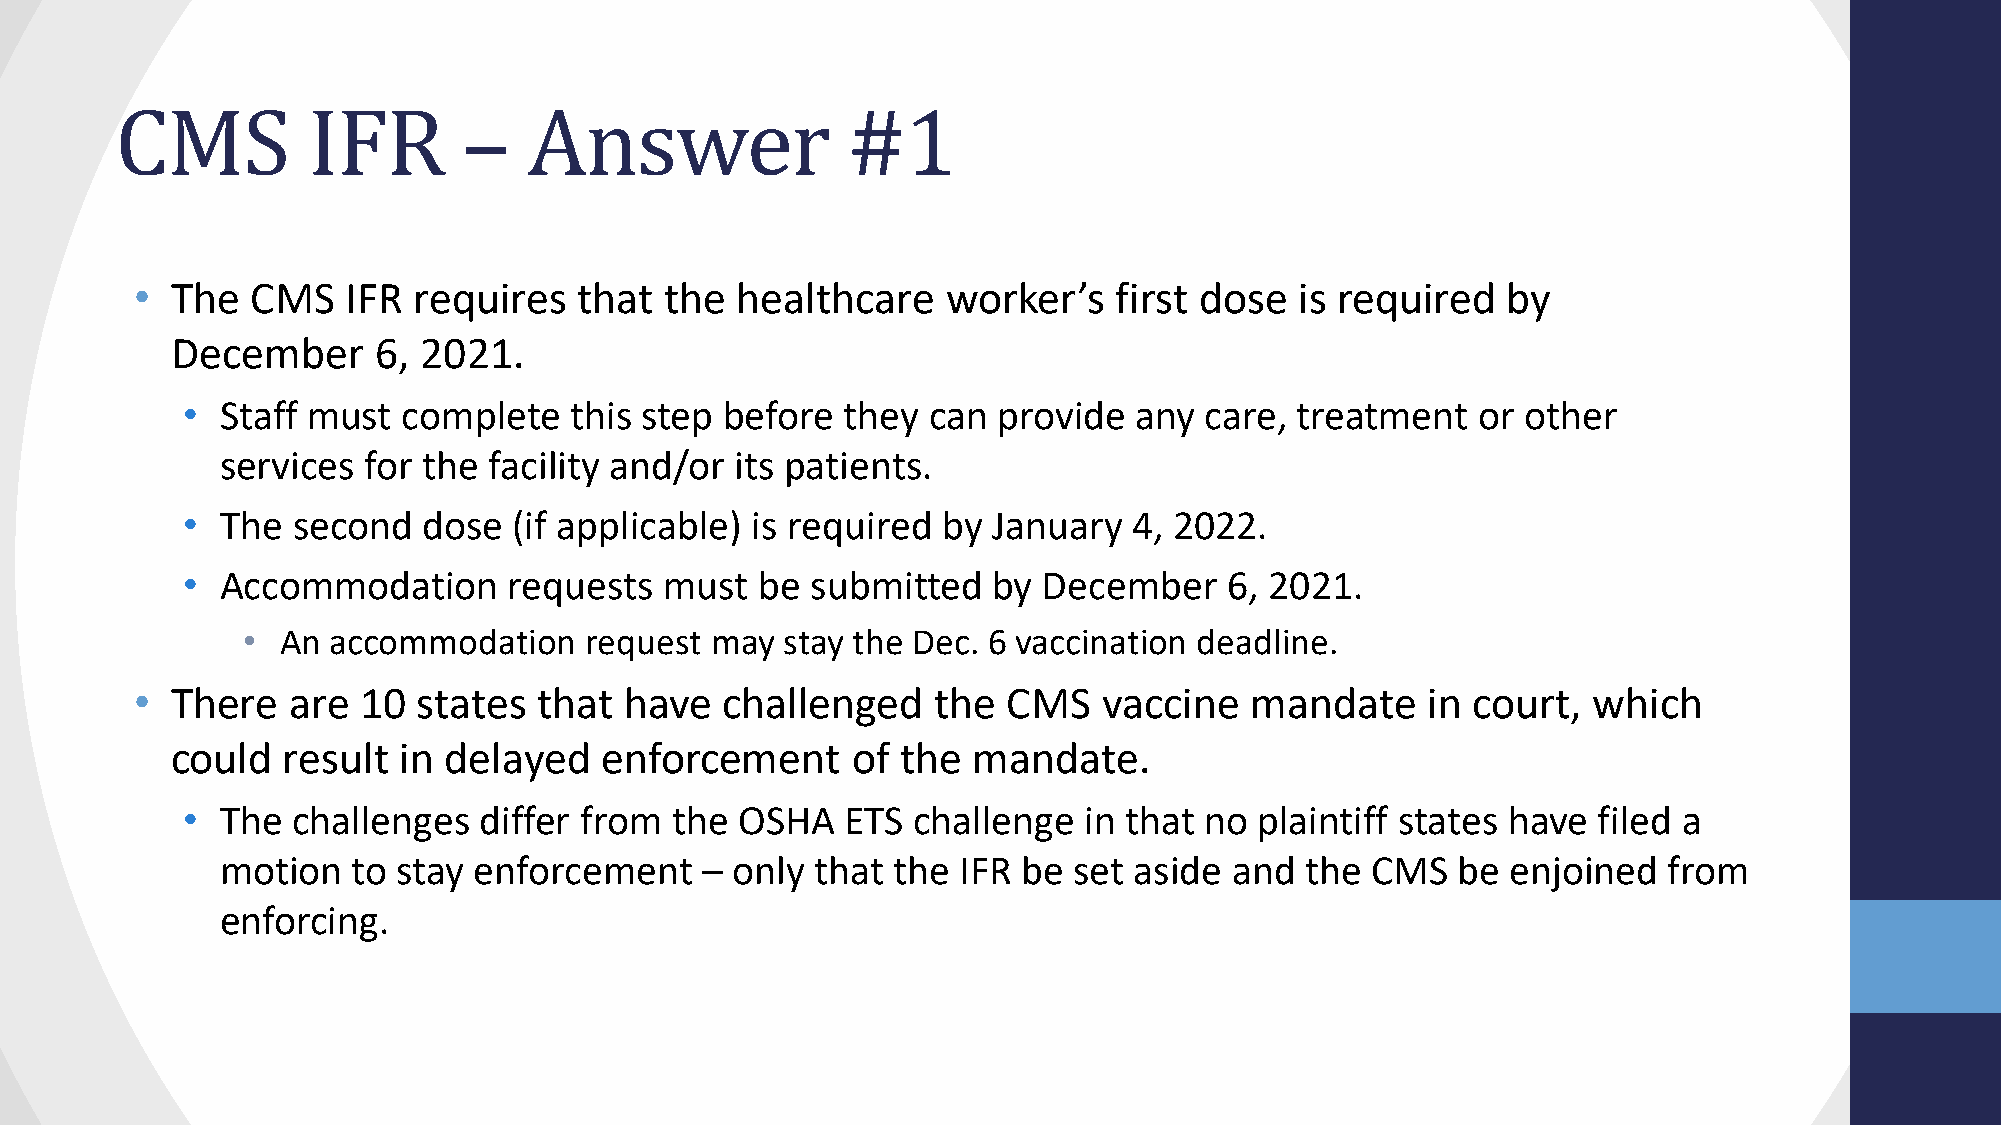
CMS         IFR        –   Answer               #1
 • The   CMS   IFR requires   that  the  healthcare    worker’s   first dose  is required   by
 December      6, 2021.
 •  Staff must  complete   this step before  they can  provide  any  care, treatment   or other
 services for the facility and/or  its patients.
 •  The second   dose  (if applicable) is required by  January  4, 2022.
 •  Accommodation      requests  must  be  submitted   by December    6, 2021.
 •  An accommodation    request may  stay the Dec. 6 vaccination deadline.
 • There   are  10  states  that have   challenged    the  CMS   vaccine   mandate    in court,  which
 could   result in delayed    enforcement     of  the mandate.
 •  The challenges   differ from the  OSHA   ETS challenge   in that no plaintiff states have  filed a
 motion  to stay enforcement    – only  that the IFR  be set aside  and the  CMS  be  enjoined  from
 enforcing.